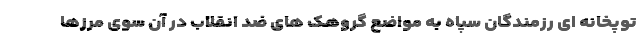
توپخانه ای رزمندگان سپاه به مواضع گروهک های ضد انقلاب در آن سوی مرزها